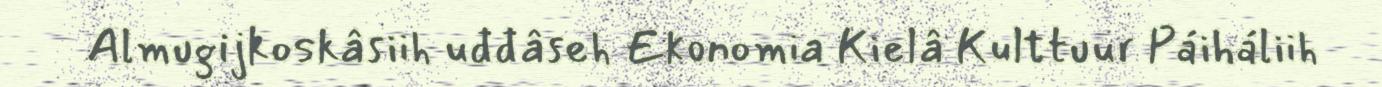
Almugijkoskâsiih uđđâseh Ekonomia Kielâ Kulttuur Páiháliih